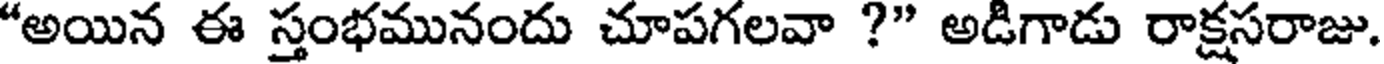
"అయిన ఈ స్తంభమునందు చూపగలవా ?" అడిగాడు రాక్షసరాజు.